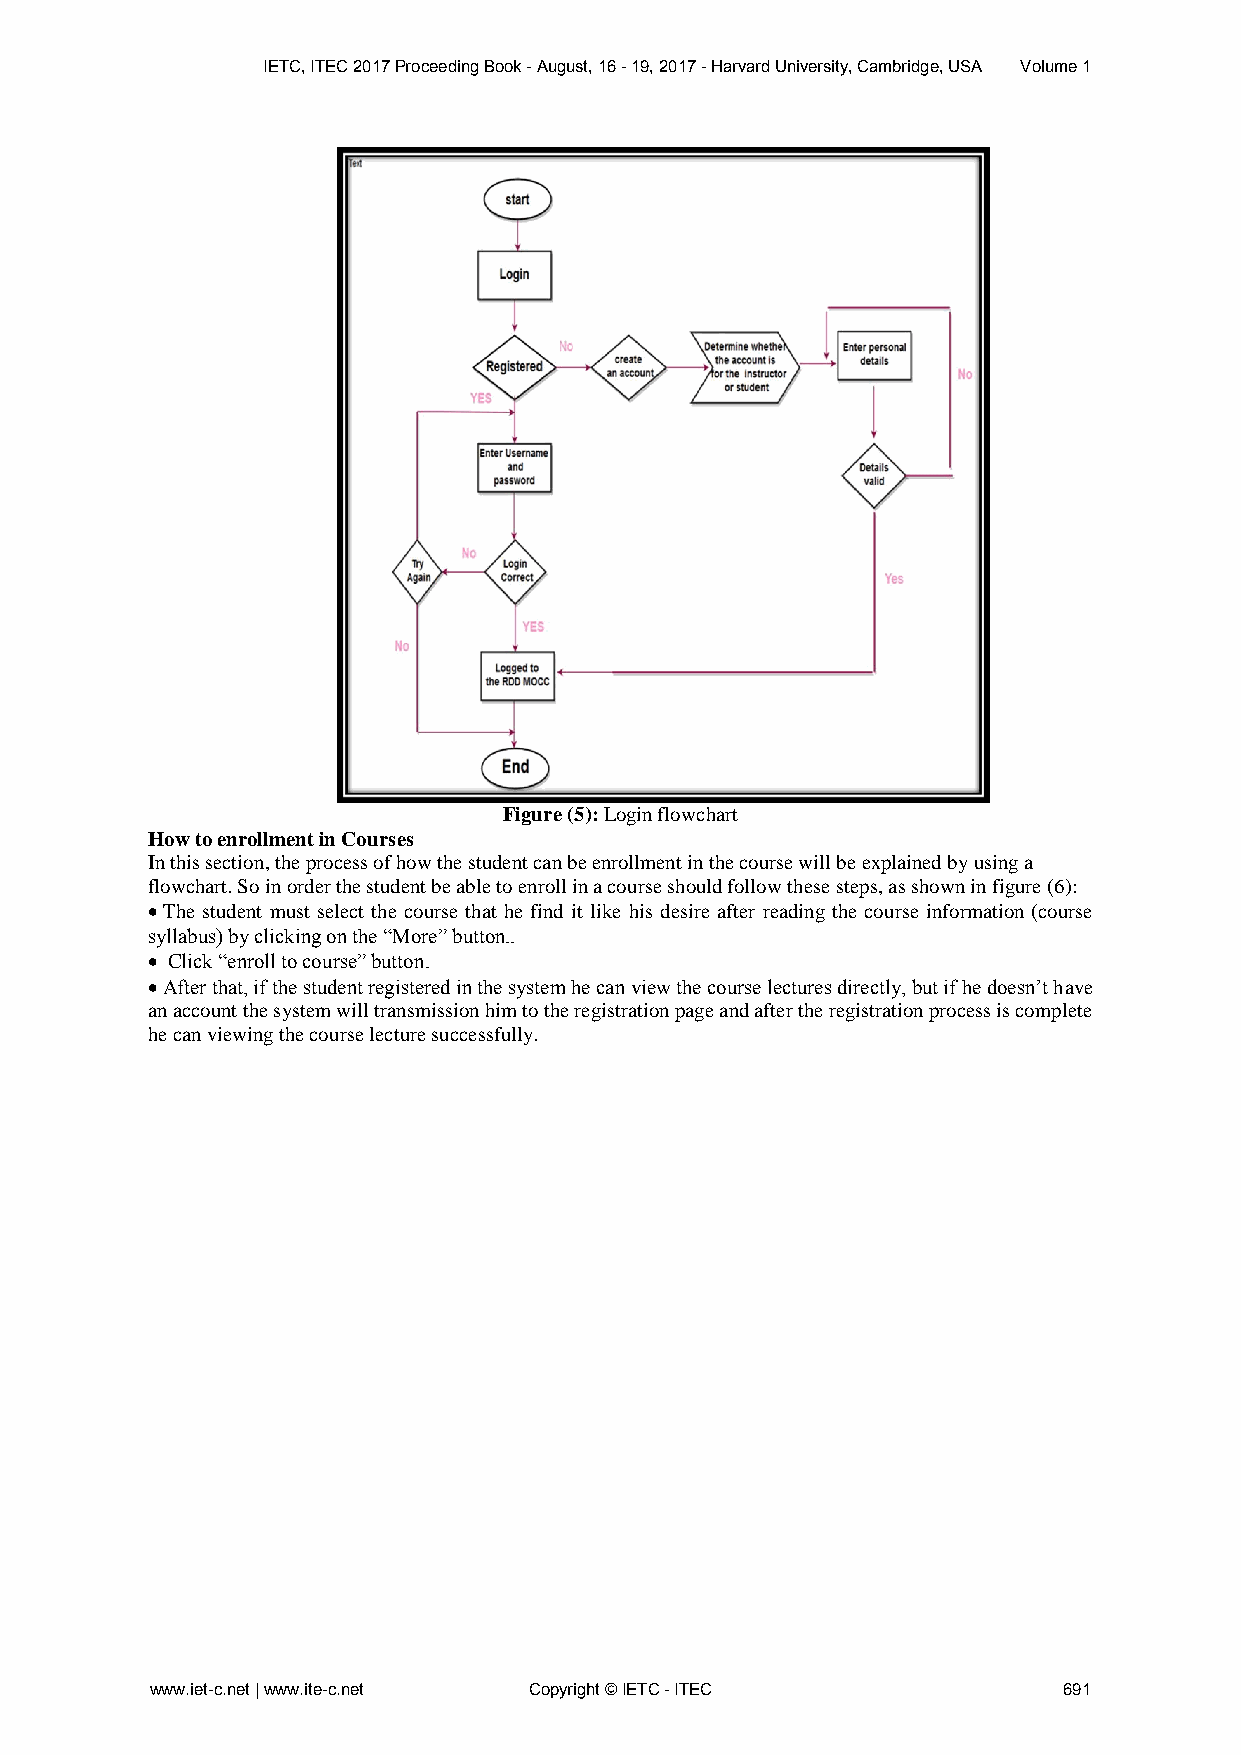
IETC, ITEC 2017 Proceeding Book - August, 16 - 19, 2017 - Harvard University, Cambridge, USA Volume 1
 Figure (5): Login flowchart
 How to enrollment in Courses
 In this section, the process of how the student can be enrollment in the course will be explained by using a
 flowchart. So in order the student be able to enroll in a course should follow these steps, as shown in figure (6):
  The student must select the course that he find it like his desire after reading the course information (course
 syllabus) by clicking on the “More” button..
  Click “enroll to course” button.
  After that, if the student registered in the system he can view the course lectures directly, but if he doesn’t have
 an account the system will transmission him to the registration page and after the registration process is complete
 he can viewing the course lecture successfully.
 www.iet-c.net | www.ite-c.net Copyright © IETC - ITEC       691